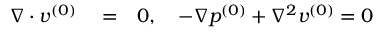
\begin{array} { r l r } { \nabla \cdot \boldsymbol { v } ^ { ( 0 ) } } & { { } = } & { 0 , \quad - \nabla p ^ { ( 0 ) } + \nabla ^ { 2 } \boldsymbol { v } ^ { ( 0 ) } = 0 } \end{array}